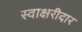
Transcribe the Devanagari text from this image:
स्वाक्षरीदार